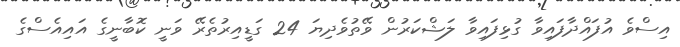
އިސްވެ އުފައްދާފައިވާ ގުޅިފައިވާ ލަޝްކަރުން ވޭތުވެދިޔަ 24 ގަޑީއިރުތެރޭ ވަނީ ކޮބާނީގެ އައިއެސްގެ